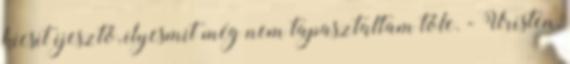
kicsit ijesztő, ilyesmit még nem tapasztaltam tőle. - Úristen,